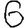
Digit: 6